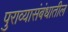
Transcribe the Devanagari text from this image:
पुराव्यासंबंधातील